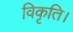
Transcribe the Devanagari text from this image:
विकृति।